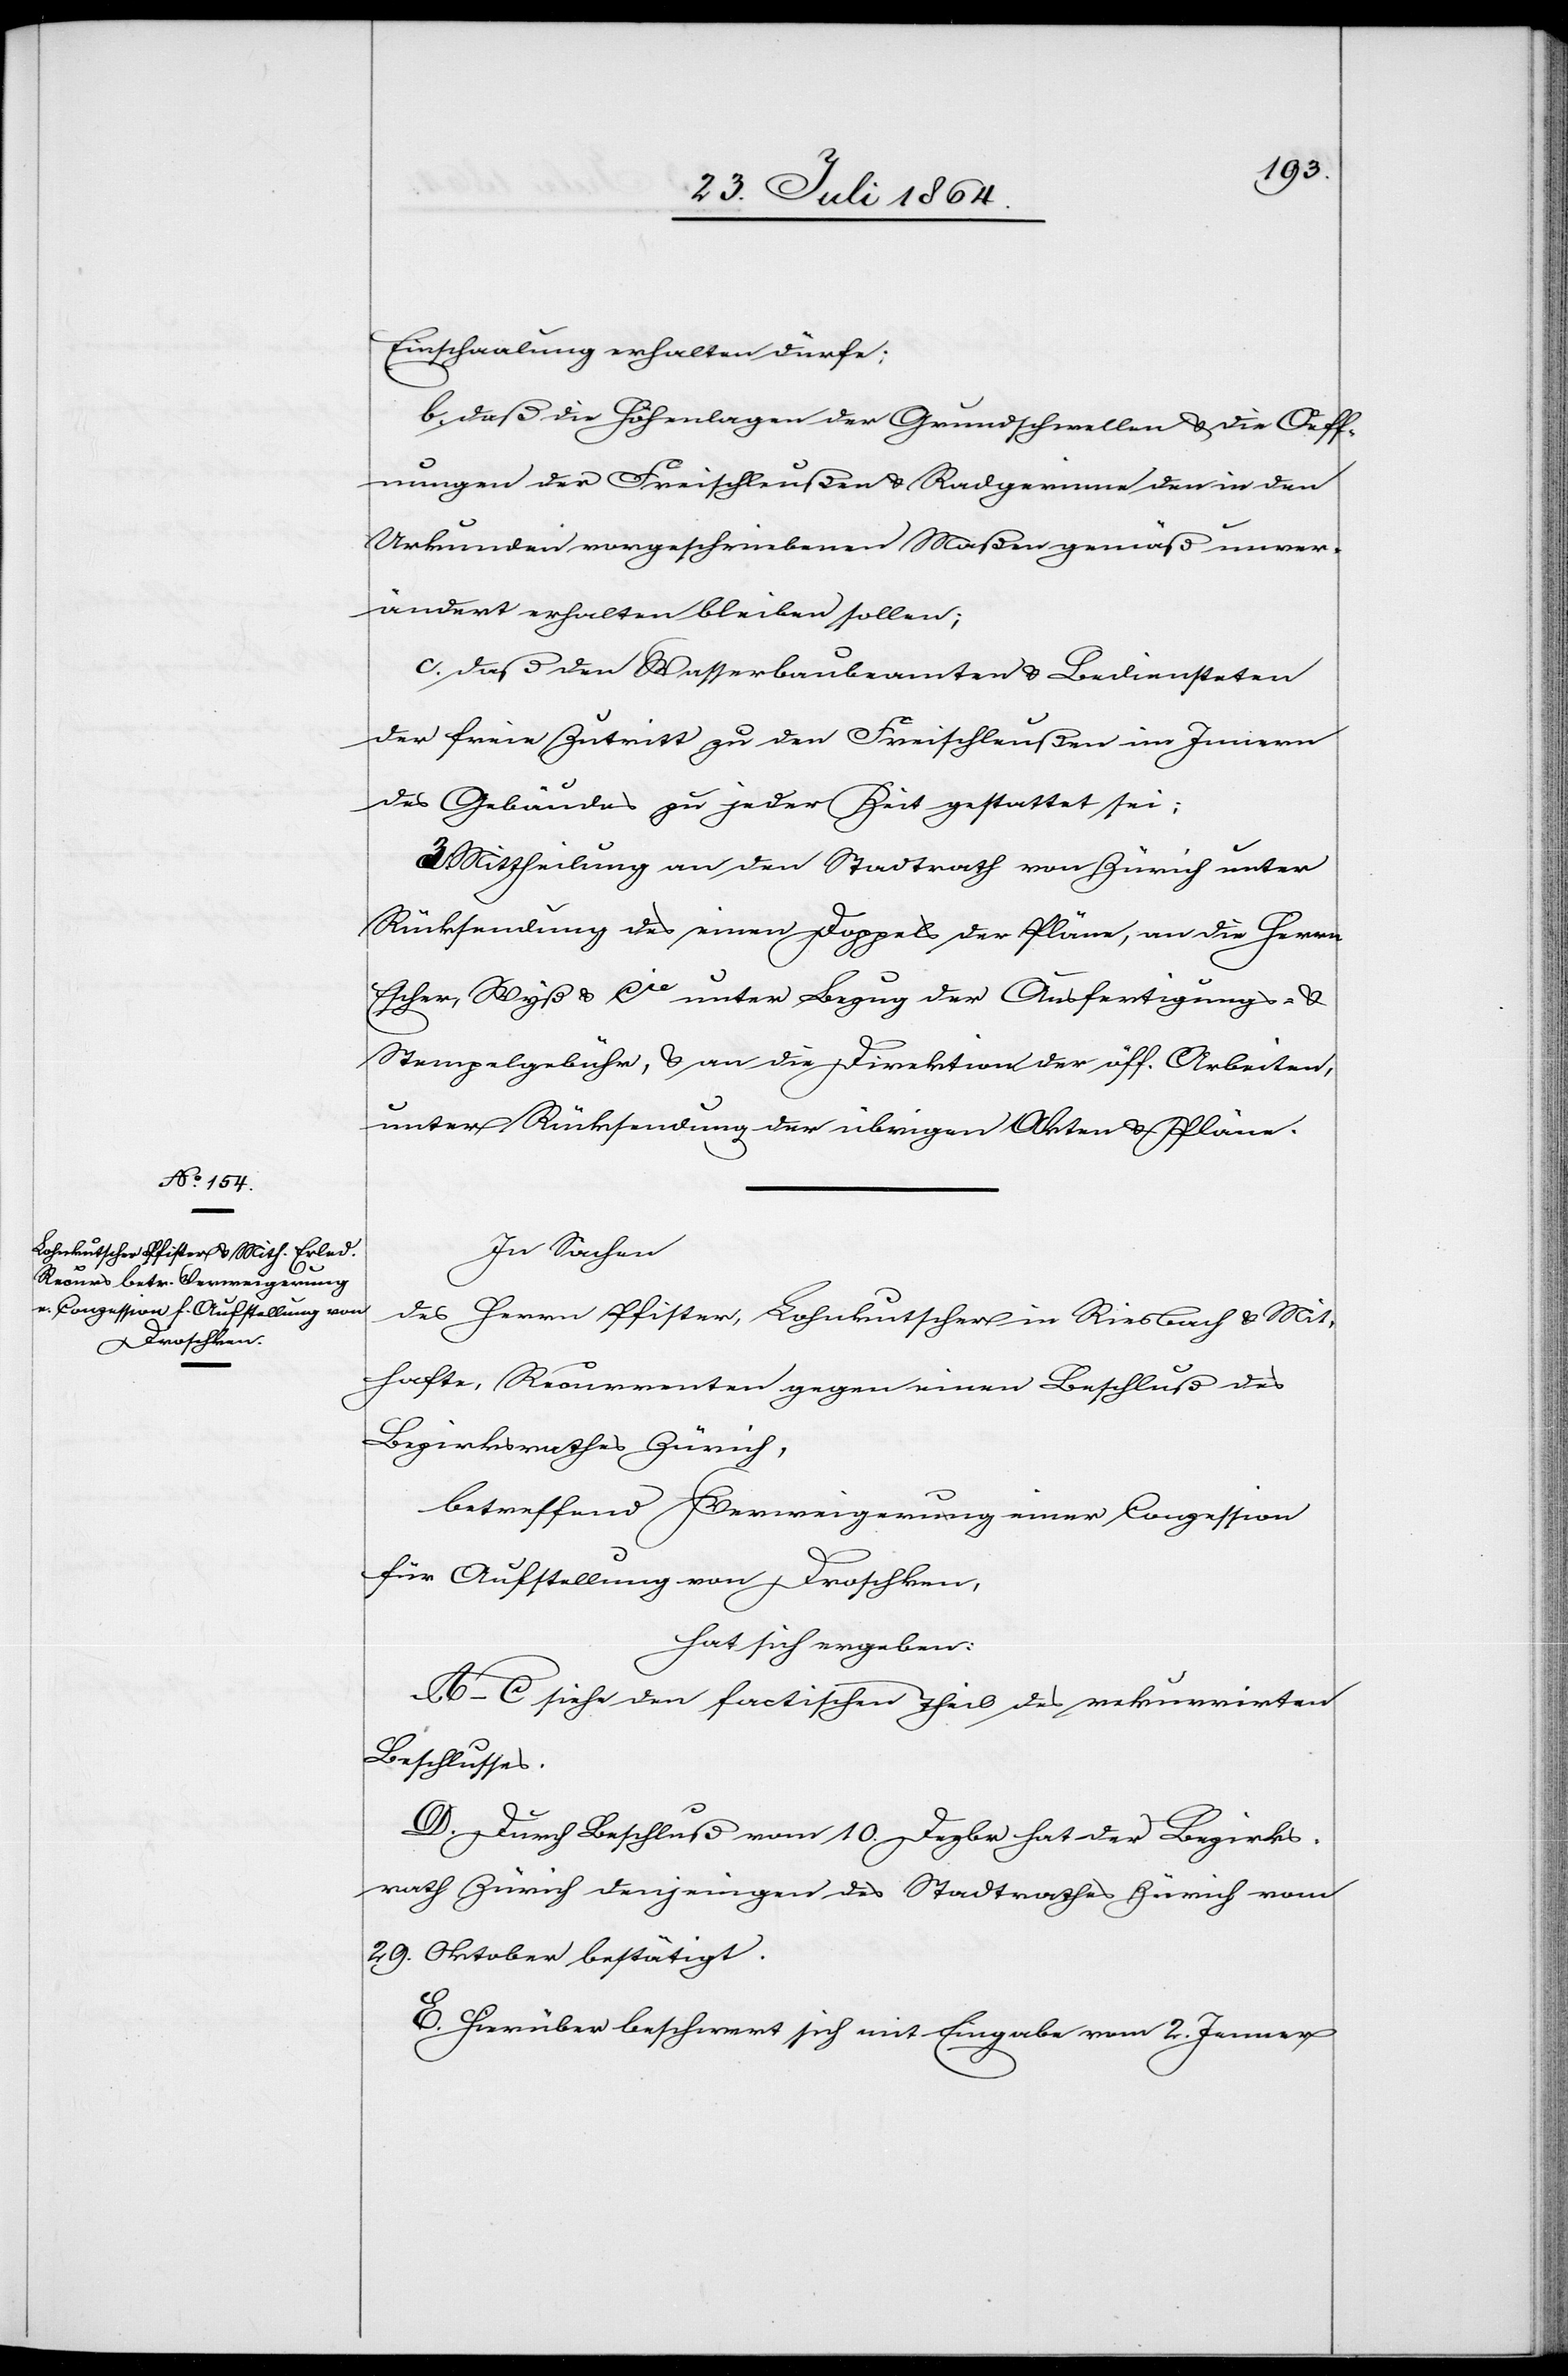
Einschaalung erhalten dürfe;
b) daß die Höhenlagen der Grundschwellen & die Oeff¬
nungen der Freischleußen & Radgerinne den in den
Urkunden vorgeschriebenen Maßen gemäß unver¬
ändert erhalten bleiben sollen;
c) daß den Wasserbaubeamten & Bediensteten
der freie Zutritt zu den Freischleußen im Innern
des Gebäudes zu jeder Zeit gestattet sei;
Mittheilung an den Stadtrath Zürich unter
Rücksendung des einen Doppels der Pläne, an die Herrn
Escher, Wyß & Cie unter Bezug der Ausfertigungs- &
Stempelgebühr, & an die Direktion der öff. Arbeiten,
unter Rücksendung der übrigen Akten & Pläne.
In Sachen
des Herrn Pfister, Lohnkutscher in Riesbach & Mit¬
hafte, Recurrenten gegen einen Beschluß des
Bezirksrathes Zürich,
betreffend Verweigerung einer Conzession
für Aufstellung von Droschken,
hat sich ergeben:
A.–C. siehe den factischen Theil des rekurrirten
Beschlusses.
D. Durch Beschluß vom 10. Dezbr hat der Bezirks¬
rath Zürich denjenigen des Stadtrathes Zürich vom
29. Oktober bestätigt.
E. Hierüber beschwert sich mit Eingabe vom 2. Jenner